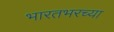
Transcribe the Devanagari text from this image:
भारतभरच्या